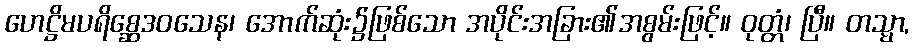
ဟေဋ္ဌိမပရိစ္ဆေဒဝသေန၊ အောက်ဆုံး၌ဖြစ်သော အပိုင်းအခြား၏အစွမ်းဖြင့်။ ဝုတ္တံ၊ ပြီ။ တသ္မာ,